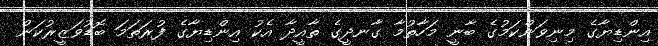
އިންޑިޔާގެ މިނިވަންކަމުގެ ބާނީ މަހާތުމާ ގާނދީގެ ތާއީދާ އެކު އިންޑިޔާގެ ފުރަތަމަ ބޮޑުވަޒީރުކަން